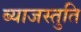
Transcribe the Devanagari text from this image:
ब्याजस्तुति